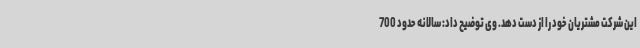
این شرکت مشتریان خود را از دست دهد. وی توضیح داد: سالانه حدود 700